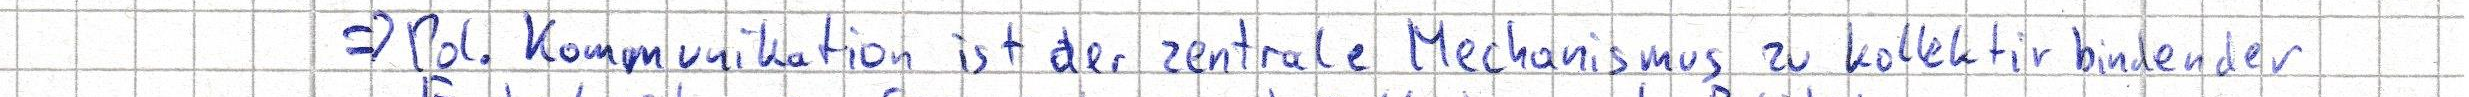
=> Pol. Kommunikation ist der zentrale Mechanismus zu kollektiv bindender